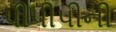
પીપીપીની